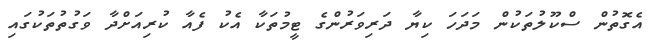
އެގޮތުން ސްކޫލުތަކުން މަދަހަ ކިޔާ ދަރިވަރުންގެ ޓީމުތަކާ އެކު ފެއާ ކުރިއަށްދާ ވަގުތުތަކުގައި